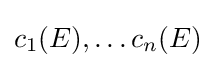
c_{1}(E),\ldots c_{n}(E)